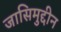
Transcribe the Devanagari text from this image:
जासिमुद्दीन